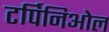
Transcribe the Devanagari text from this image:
टर्पिनिओल